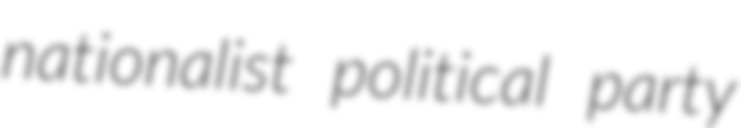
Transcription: nationalist political party